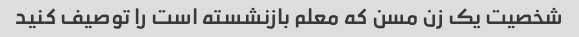
شخصیت یک زن مسن که معلم بازنشسته است را توصیف کنید